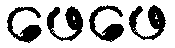
ဖေဖေ